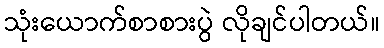
သုံးယောက်စာစားပွဲ လိုချင်ပါတယ်။